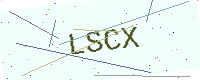
Text: LSCX